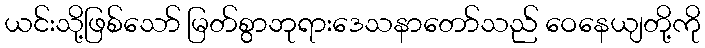
ယင်းသို့ဖြစ်သော် မြတ်စွာဘုရားဒေသနာတော်သည် ဝေနေယျတို့ကို